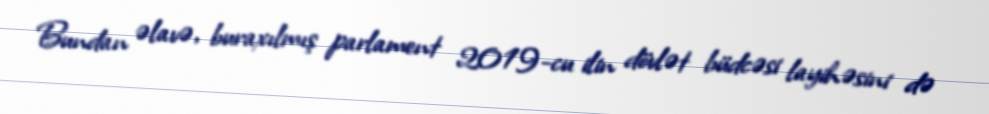
Bundan əlavə, buraxılmış parlament 2019-cu ilin dövlət büdcəsi layihəsini də